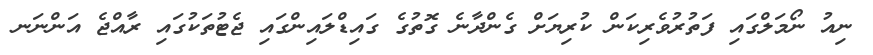
ނިއު ނޯމަލްގައި ފަތުރުވެރިކަން ކުރިޔަށް ގެންދާނެ ގޮތުގެ ގައިޑްލައިންގައި ޖެޓުތަކުގައި ރާއްޖެ އަންނަނ